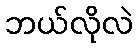
ဘယ်လိုလဲ